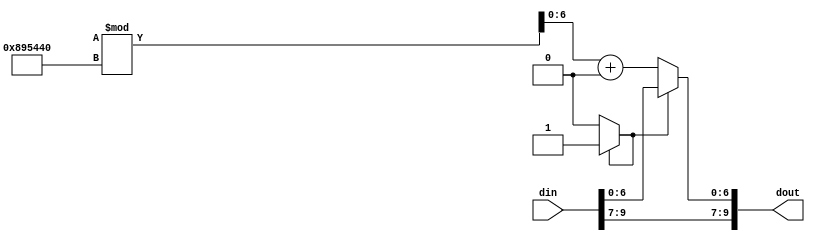
module Channel(
    output reg [9:0] dout,
    input wire [9:0] din);

    reg IsNose = 1'b0;

    always @(din) begin
        #1
        if(IsNose) begin
            dout = Nose(din);   
            IsNose = 1'b0;
        end else begin
            dout = din;  
            IsNose = 1'b1; 
        end
    end

    function [0:9] Nose(input [0:9] DataTransfer);
        reg [0:6] tmp;
        begin
            tmp = $random % 9000000 + 10000000 ;  // din in the range 10000000 to 9999999
            Nose = {DataTransfer[0:2] , tmp};
        end
    endfunction

endmodule